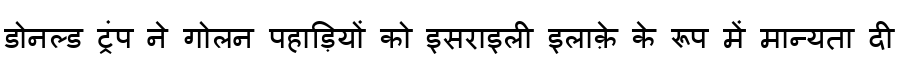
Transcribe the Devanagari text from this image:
डोनल्ड ट्रंप ने गोलन पहाड़ियों को इसराइली इलाक़े के रूप में मान्यता दी